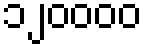
၁၂၀၀၀၀